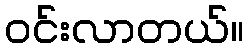
ဝင်းလာတယ်။